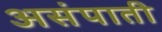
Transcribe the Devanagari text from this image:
असंपाती